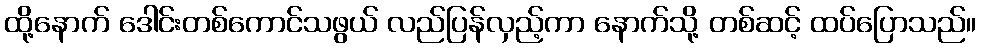
ထို့နောက် ဒေါင်းတစ်ကောင်သဖွယ် လည်ပြန်လှည့်ကာ နောက်သို့ တစ်ဆင့် ထပ်ပြောသည်။